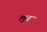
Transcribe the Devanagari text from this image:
लूब्र